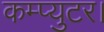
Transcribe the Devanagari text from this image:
कम्प्युटर।